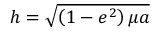
h = { \sqrt { \left( 1 - e ^ { 2 } \right) \mu a } }